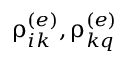
\uprho _ { i k } ^ { ( e ) } , \uprho _ { k q } ^ { ( e ) }